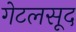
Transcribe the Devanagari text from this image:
गेटलसूद